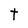
Character: t